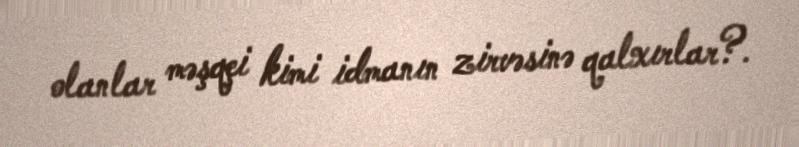
olanlar məşqçi kimi idmanın zirvəsinə qalxırlar?.